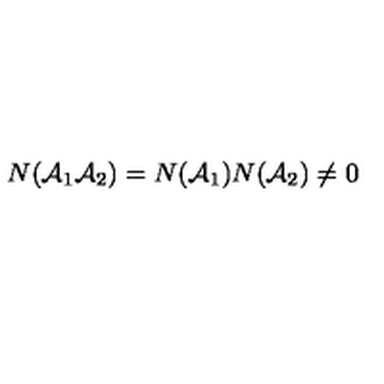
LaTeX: N ( { \cal A } _ { 1 } { \cal A } _ { 2 } ) = N ( { \cal A } _ { 1 } ) N ( { \cal A } _ { 2 } ) \neq 0